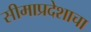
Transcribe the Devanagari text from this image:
सीमाप्रदेशाचा